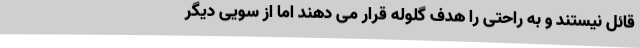
قائل نیستند و به راحتی را هدف گلوله قرار می دهند اما از سویی دیگر